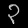
Digit: ၃